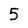
Character: 5